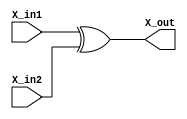
module XOR_32bit(X_in1, X_in2, X_out);

input [31:0] X_in1, X_in2;
output reg [31:0] X_out;

always@(*)
begin
	
	X_out = X_in1 ^ X_in2;
	
end

endmodule